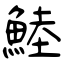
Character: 鯥